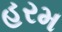
હરમ